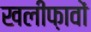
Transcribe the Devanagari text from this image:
खलीफ़ावों